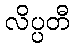
လိပ္ပတီ